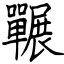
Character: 囅